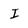
Character: I